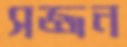
সজ্জন